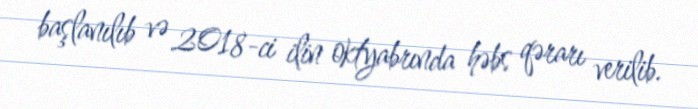
başlanılıb və 2018-ci ilin oktyabrında həbs qərarı verilib.